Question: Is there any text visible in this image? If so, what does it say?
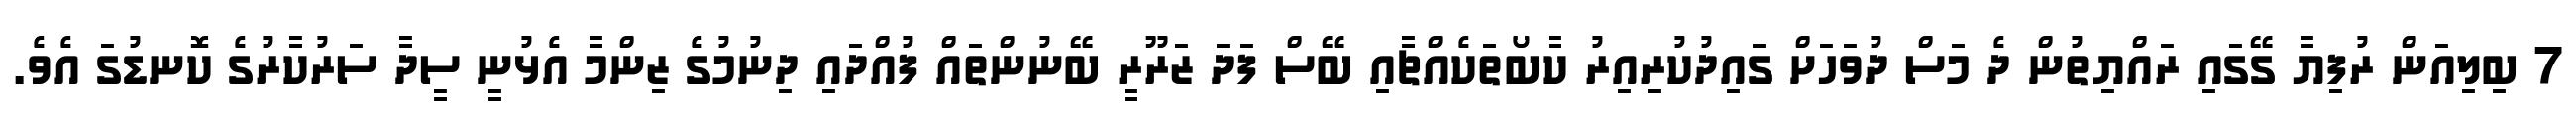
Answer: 7 ބިލިއަން ރުފިޔާ ގޭގައި ރައްޔިތުން ދެ މަސް ދުވަހަށް ގައިދުކުރިއިރު ކާބޯތަކެއްޗާއި ބޭސް ފަދަ ޒަރޫރީ ބޭނުންތައް ފުއްދައި ދިނުމުގެ ޒިންމާ އެޅުނީ ސީދާ ސަރުކާރުގެ ކޮނޑުގަ އެވެ.